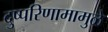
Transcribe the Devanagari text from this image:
दुष्परिणामामुळे